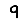
Digit: 9